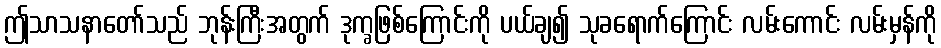
ဤသာသနာတော်သည် ဘုန်းကြီးအတွက် ဒုက္ခဖြစ်ကြောင်းကို ပယ်ချ၍ သုခရောက်ကြောင်း လမ်းကောင်း လမ်းမှန်ကို